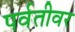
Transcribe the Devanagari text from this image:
पर्वतीवर